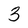
Character: 3